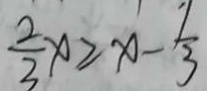
\frac { 2 } { 3 } x \geq x - \frac { 7 } { 3 }